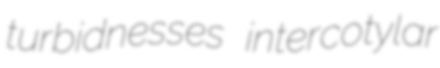
turbidnesses intercotylar